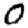
Digit: 0